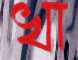
খা